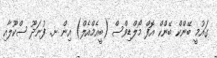
ގައުމީ ބޭންކް ބޭންކް އޮފް މޯލްޑިވްސް (ބީއެމްއެލް) އިން ށ. ފުނަދޫ ސްކޫލާއި